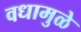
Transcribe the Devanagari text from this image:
वधामुळे